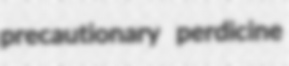
precautionary perdicine